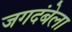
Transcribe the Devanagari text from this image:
जगदंबेला